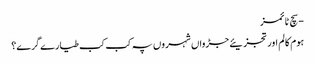
- سچ ٹائمز
ہوم کالم اور تجزیئے جڑواں شہروں پہ کب کب طیارے گرے؟